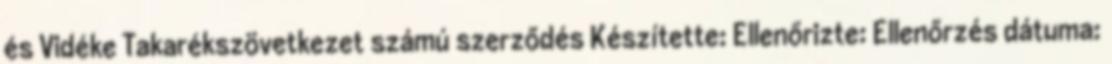
és Vidéke Takarékszövetkezet számú szerződés Készítette: Ellenőrizte: Ellenőrzés dátuma: